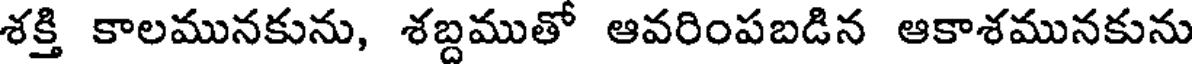
శక్తి కాలమునకును, శబ్దముతో ఆవరింపబడిన ఆకాశమునకును